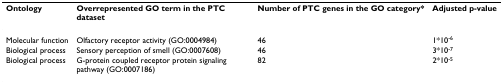
| Ontology | Overrepresented GO term in the PTC dataset | Number of PTC genes in the GO category* | Adjusted p-value |
 | --- | --- | --- | --- |
 | Molecular function | Olfactory receptor activity (GO:0004984) | 46 | 1*10-6 |
 | Biological process | Sensory perception of smell (GO:0007608) | 46 | 3*10-7 |
 | Biological process | G-protein coupled receptor protein signaling pathway (GO:0007186) | 82 | 2*10-5 |